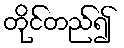
တိုင်တည်၍